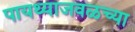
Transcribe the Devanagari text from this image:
पायथ्याजवळच्या